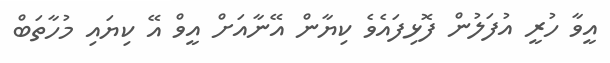
އީވާ ހުރީ އުފަލުން ފޮޅިފައެވެ ކިޔާން އޭނާއަށް އީވް އޭ ކިޔައި މުހާތަބް